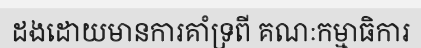
ដងដោយមានការគាំទ្រពី គណៈកម្មាធិការ